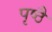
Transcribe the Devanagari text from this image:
पृष्ठै